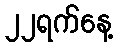
၂၂ရက်နေ့